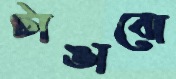
টাঙাবো